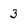
Character: 3